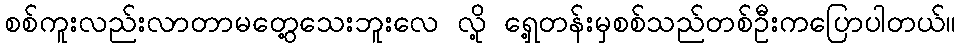
စစ်ကူးလည်းလာတာမတွေ့သေးဘူးလေ လို့ ရှေ့တန်းမှစစ်သည်တစ်ဦးကပြောပါတယ်။